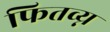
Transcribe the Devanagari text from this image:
फितव्य्न